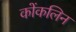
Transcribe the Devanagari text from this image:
कोंकलिन